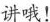
讲哦！